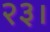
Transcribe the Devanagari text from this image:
२३।